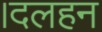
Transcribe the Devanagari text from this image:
।दलहन